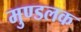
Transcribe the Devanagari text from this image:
मुण्डलक